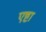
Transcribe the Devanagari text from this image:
एष्टा